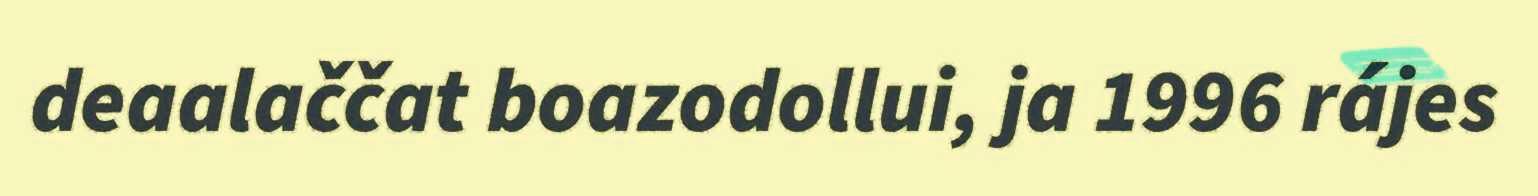
deaalaččat boazodollui, ja 1996 rájes